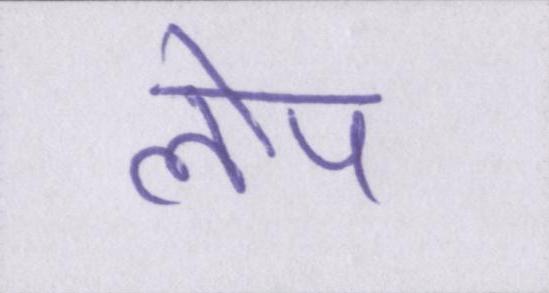
लोप